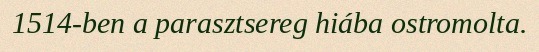
1514-ben a parasztsereg hiába ostromolta.